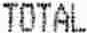
TOTAL